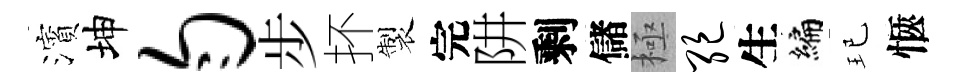
濱坤匀步抔製完阱剩儲極绝生编玘愜